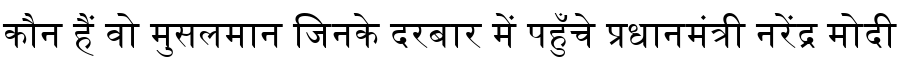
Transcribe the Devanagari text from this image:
कौन हैं वो मुसलमान जिनके दरबार में पहुँचे प्रधानमंत्री नरेंद्र मोदी